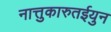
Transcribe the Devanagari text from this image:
नात्तुकारुतईयुन